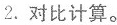
2.对比计算。